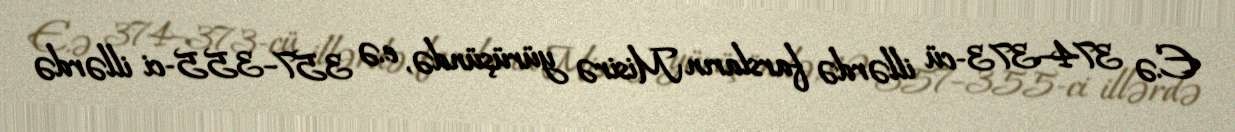
E.ə 374–373-cü illərdə farsların Misirə yürüşündə, e.ə 357–355-ci illərdə